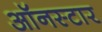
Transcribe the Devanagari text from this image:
ऑनस्टार